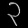
Digit: ၃